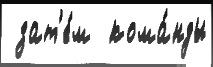
 зат'е́м  кома́нды